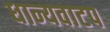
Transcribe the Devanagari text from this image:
धान्यवाटप